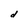
Character: d